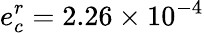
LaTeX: e_{c}^{r}=2.26\times 10^{-4}